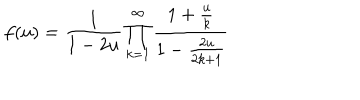
LaTeX: f ( u ) = \frac { 1 } { 1 - 2 u } \prod _ { k = 1 } ^ { \infty } \frac { 1 + \frac { u } { k } } { 1 - \frac { 2 u } { 2 k + 1 } }